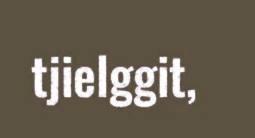
tjielggit,